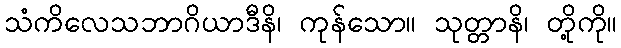
သံကိလေသဘာဂိယာဒီနိ၊ ကုန်သော။ သုတ္တာနိ၊ တို့ကို။